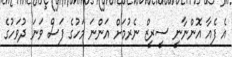
އެ ފެއާ އޮންނާނީ ސީރީޒް ނެރުމަށް އަންނަ މަހުގެ ފަސް ވަނަ ދުވަހުގެ